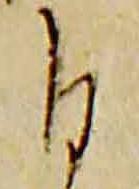
自